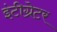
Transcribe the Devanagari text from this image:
इंटीग्रेटर